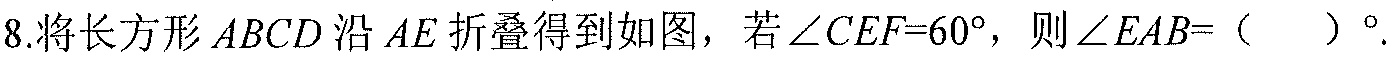
8.将长方形\(ABCD\)沿\(AE\)折叠得到如图，若\(\angle CEF = 60^{\circ}\)，则\(\angle EAB=(\ \ \ \ )^{\circ}\).